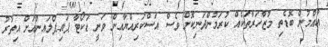
އާއްމުން ބޮޑެތި މުޒާހަރާތަކެއް ކުރަމުންދަނިކޮށް ވެސް އަސްކަރިއްޔާއިން ވަނީ ޑަކޯޓާ ޕައިޕްލައިންއަށް އިތުރު